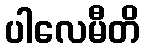
ပါလေမီတိ